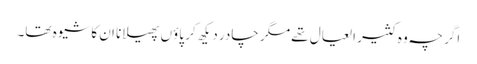
اگر چہ وہ کثیر العیال تھے مگر چادر دیکھ کر پاؤں پھیلانا ان کا شیوہ تھا۔